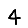
Digit: 4